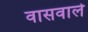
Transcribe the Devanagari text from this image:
वासवाले